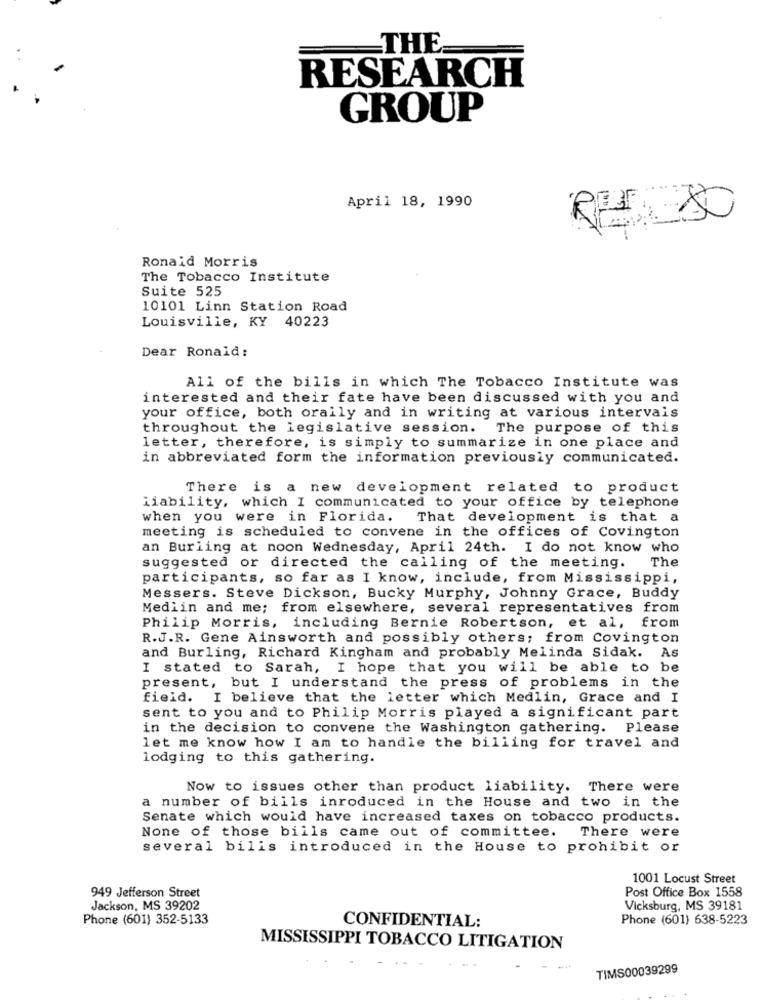
THE
RESEARCH
GROUP
April 18, 1990
Ronald Morris
The Tobacco Institute
Suite 525
10101 Linn Station Road
Louisville, KY 40223
Dear Ronald:
All of the bills in which The Tobacco Institute was
interested and their fate have been discussed with you and
your office, both orally and in writing at various intervais
throughout the legislative session. The purpose of this
letter, therefore, is simply to summarize in one place and
in abbreviated form the information previously communicated.
There is a new development related to product
liability, which I communicated to your office by telephone
when you were in Florida.
That development is that a
meeting is scheduled to convene in the offices of Covington
an Burling at noon Wednesday, April 24th. I do not know who
suggested or directed the calling of the meeting.
The
participants, so far as I know, include, from Mississippi,
Messers. Steve Dickson, Bucky Murphy, Johnny Grace, Buddy
Mediin and me; from elsewhere, several representatives from
Philip Morris, including Bernie Robertson, et al, from
R.J.R. Gene Ainsworth and possibly others; from Covington
and Burling, Richard Kingham and probably Melinda Sidak. As
I stated to Sarah, I hope that you will be able to be
present, but I understand the press of problems in the
field. I believe that the letter which Medlin, Grace and I
sent to you and to Philip Morris played a significant part
in the decision to convene the Washington gathering. Please
let me know how I am to handle the billing for travel and
lodging to this gathering.
Now to issues other than product liability. There were
a number of bills inroduced in the House and two in the
Senate which would have increased taxes on tobacco products.
There were
None of those bills came out of committee.
several bilis introduced in the House to prohibit or
1001 Locust Street
Post Office Box 1558
949 Jefferson Street
Jackson, MS 39202
Vicksburg, MS 39181
Phone (601) 352-5133
CONFIDENTIAL:
Phone (601) 638-5223
MISSISSIPPI TOBACCO LITIGATION
TIMS00039299